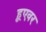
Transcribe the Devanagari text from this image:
हूएवर